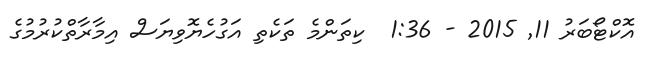
އޮކްޓޯބަރު 11